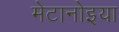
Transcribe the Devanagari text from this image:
मेटानोइया